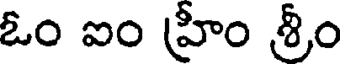
ఓం ఐం హ్రీం శ్రీం